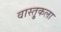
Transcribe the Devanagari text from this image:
वास्तु्कला